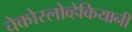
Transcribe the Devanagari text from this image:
चेकोस्लोव्हेकियानी